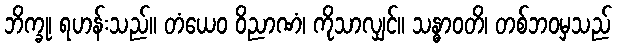
ဘိက္ခု၊ ရဟန်းသည်။ တံယေဝ ဝိညာဏံ၊ ကိုသာလျှင်။ သန္ဓာဝတိ၊ တစ်ဘဝမှသည်